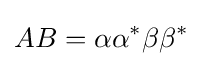
AB=\alpha \alpha ^{*}\beta \beta ^{*}